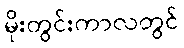
မိုးတွင်းကာလတွင်